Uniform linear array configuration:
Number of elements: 24
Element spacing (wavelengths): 0.25
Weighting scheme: cosine
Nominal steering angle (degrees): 0
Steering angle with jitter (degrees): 0.7327
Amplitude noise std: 0.05
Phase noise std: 0.05

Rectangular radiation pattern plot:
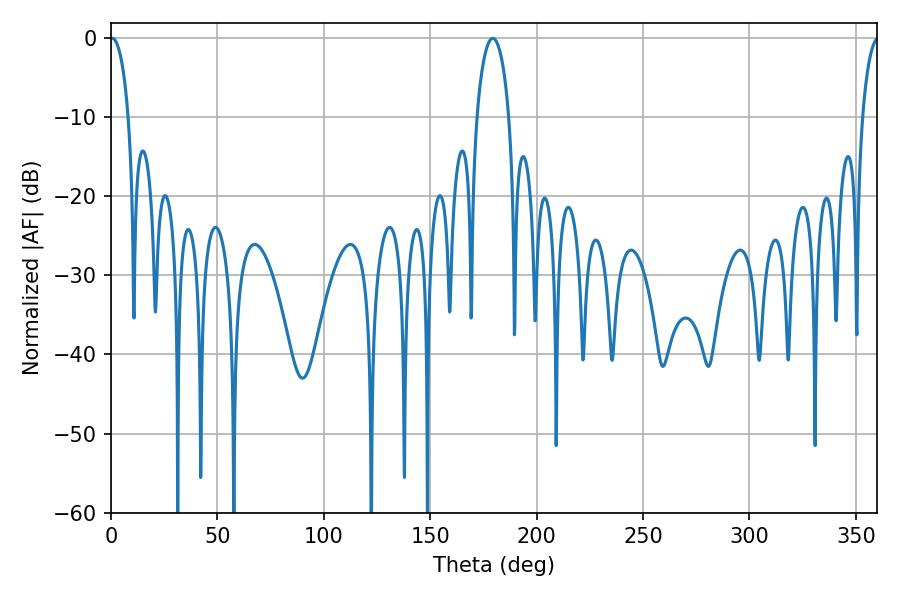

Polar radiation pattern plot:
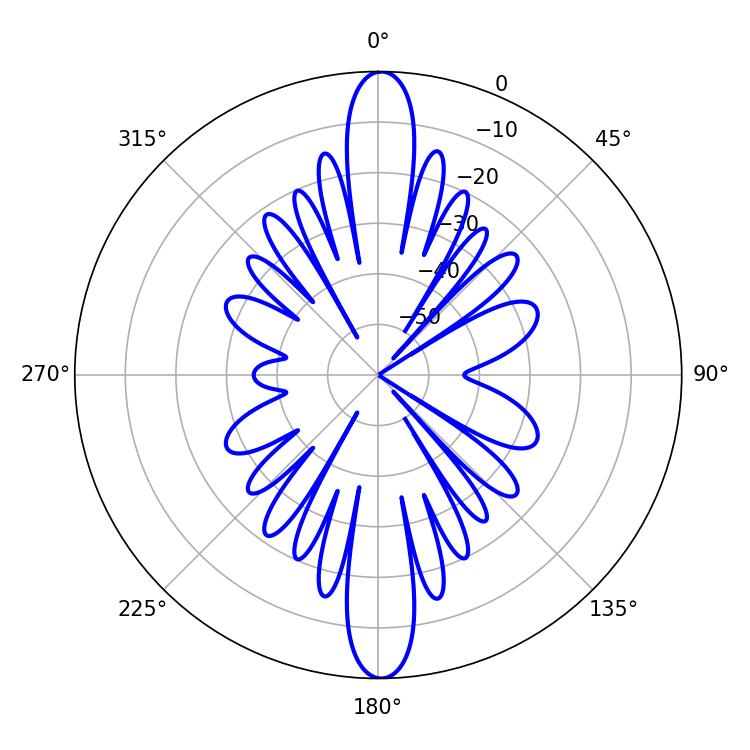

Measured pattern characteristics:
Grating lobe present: FALSE
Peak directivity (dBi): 27.075
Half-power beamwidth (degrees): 4.86
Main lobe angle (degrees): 0.54